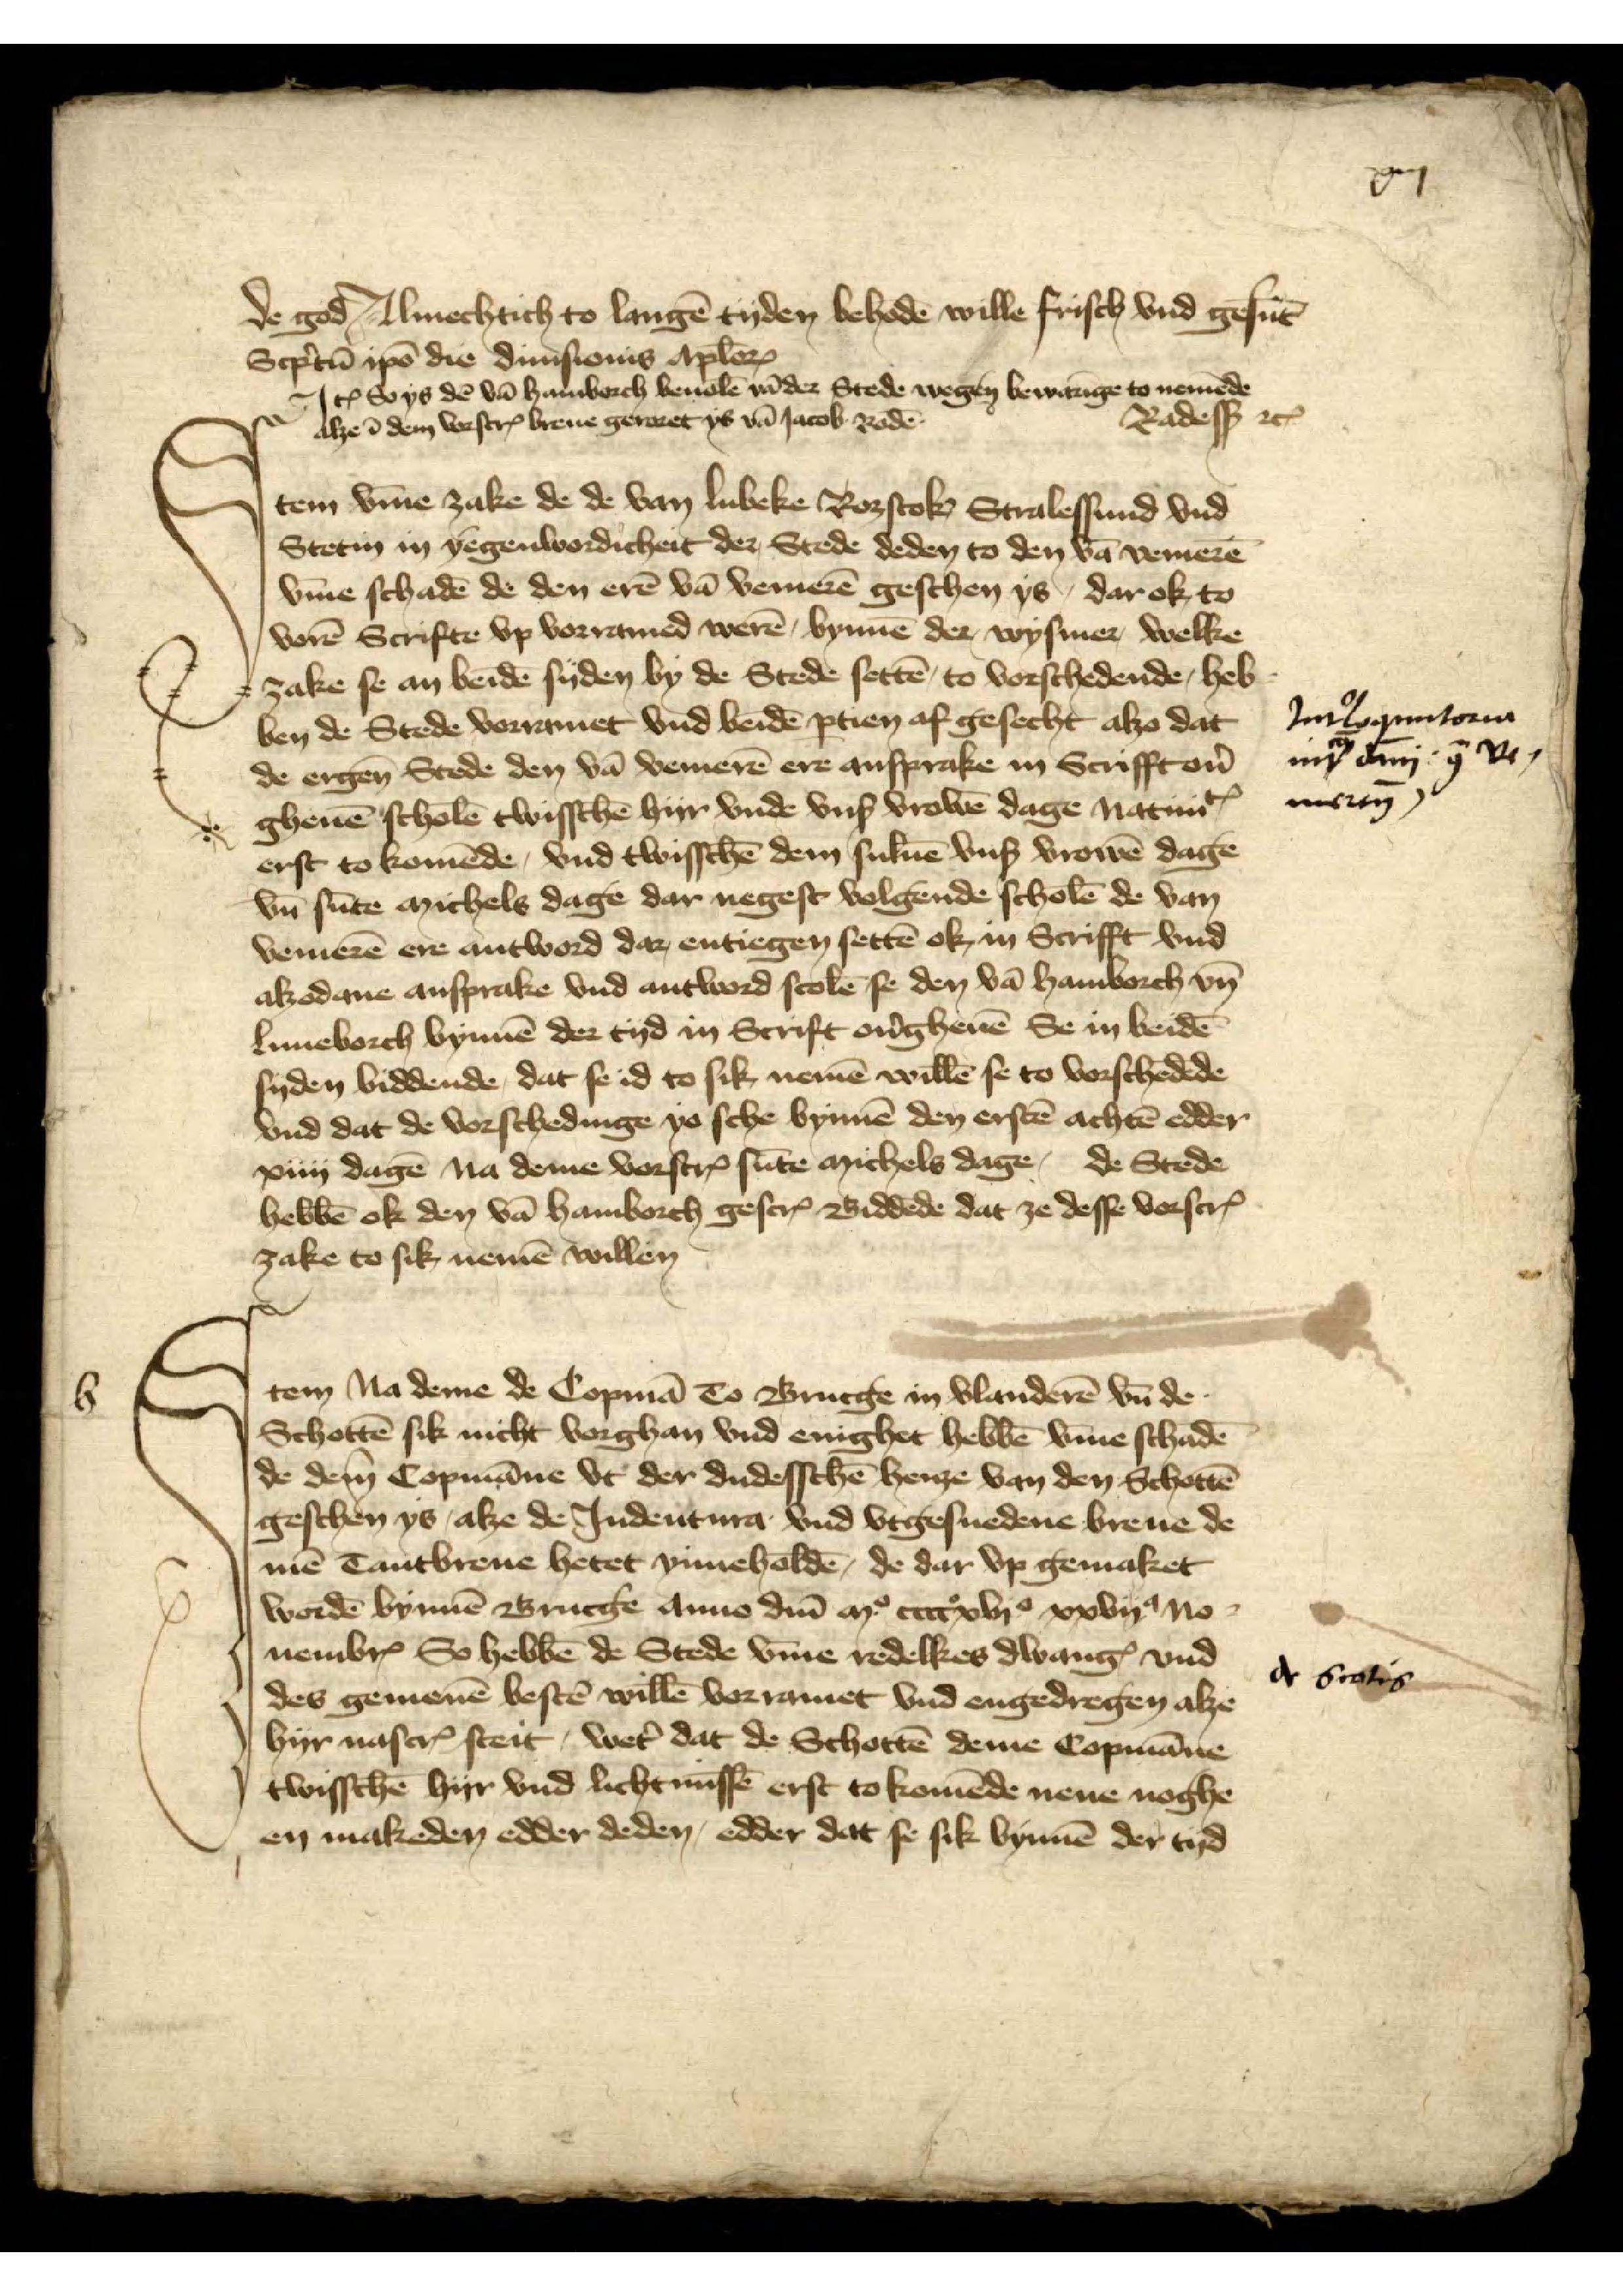
xiij

de god Almechtich to langē tyden behodē wille Frisch vnd gesūt
Scp̉tn̄ ipo die dinisionis aplor
Iꝷ so ys dē van Hamborch beuolē vā der Stede wegen bewarīge to nemēde
alze ī dem vorscȓ breve geraret ys vā Iacob Rodē
Radesß etꝬ
Iꝷ so ys dē van Hamborch beuolē vā der Stede wegen bewarīge to nemēde

a

Iꝷ v̄me zake de de van Lubeke Roztock Stralessund vnd
Stetin in yegenwordicheit der Stede deden to den vā Vemerē
v̄me schadē de den erē vā Vemerē geschen ys, dar ok, to
vorē Scrifte vp voramed werē, bynnē der Wysmer, welke
zake se an beidē syden by den Stede settē, to vorschedende, heb¬
ben de Stede vorramet vnd beidē ꝑtien af gesecht alzo da
de ergen̄ Stede den vā Vemerē ere ansprake in Scrifft oủ
ghevē scholē twisschē hyr vnde vnß vrowē dage natinitꝬ
erst to komēde, vnd twisschē dem suluē vnß vrowē dage
vn̄ sūte michels dage dar negest volgende scholē de van
Vemerē ere antword dar, entiegen settē ok, in Scrifft vnd 
alzodane ansprake vnd antword scolē se den vā Hamborch vn̄
Luneborch bynnē der tyd in Scrift oūgheuē Se in beidē
syden biddende, dat se id to sik nemē willē se to vorschedēde
vnd dat de vorschedinge yo sche bynnē den erstē achtē edder
xiiij dagē na deme vorscȓ sūte michels dage, de Stede
hebbē ok den vā Hamborch gescrꝬ Biddēde dat ze desse vorscrꝬ
zake to sik nemē willen

Im Legentorum
im dm̄i y ve¬
nerung

Jtem Na deme de Copmā to Brucge in Vlanderē vn̄ de
Schottē sik nicht vorghan vnd enighet hebbē v̄me schadē
de dem Copmāne vt der dudesschē henze van den Schottē
geschen ys, alze de Indentura vnd vtgesnedene breve de
mē Tantbreue hetet yimeholdē, de dar vp gemaket
wordē bynnē Brucge Anno dm̄ mo cccoxvio xxvijo No¬
uembrꝬ So hebbē de Stede v̄me redelkes dwangꝬ vnd
des gemenē bestē willē vorramet vnd engedregen alze
hyr nascrꝬ steit, wet̉ dat de Schottē deme Copmāne
twisschē hyr vnd licht nussē ers to komēde nene noghe
en makeden edder deden, edder dat se sik bynnē der tyd

de Gratis

b